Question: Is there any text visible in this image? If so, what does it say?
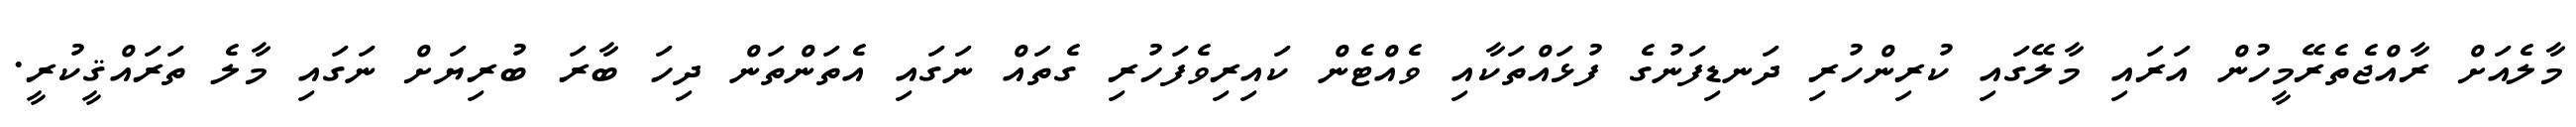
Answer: މާލެއަށް ރާއްޖެތެރޭމީހުން އަރައި މާލޭގައި ކުރިންހުރި ދަނޑިފަނުގެ ފުޅައްތަކާއި ވެއްޓެން ކައިރިވެފަހުރި ގެތައް ނަގައި އެތަންތަން ދިހަ ބާރަ ބުރިޔަށް ނަގައި މާލެ ތަރައްޤީކުރީ.